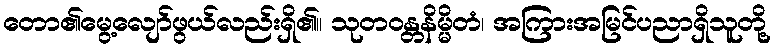
တော၏မွေ့လျော်ဖွယ်လည်းရှိ၏။ သုတဝန္တနိမ္မိတံ၊ အကြားအမြင်ပညာရှိသူတို့